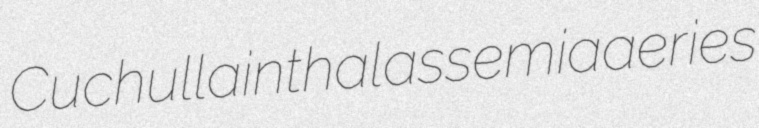
Cuchullain thalassemia aeries